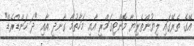
އޭގެ ތެރޭގައި ލިޔުންތެރިޔާ މޮންޓިގަމްރީ އާއި މަހާތުމާ ގާނދީ އާއި "ޛަ ހަންޑްރެޑް"